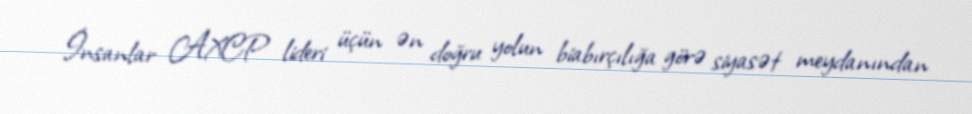
İnsanlar AXCP lideri üçün ən doğru yolun biabırçılığa görə siyasət meydanından